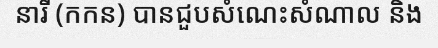
នារី (កកន) បានជួបសំណេះសំណាល និង